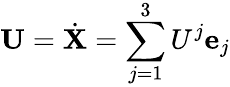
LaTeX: \mathbf{U}=\dot{\mathbf{X}}=\sum_{j=1}^{3}U^{j}\mathbf{e}_{j}